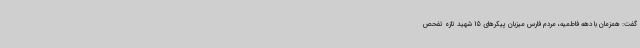
گفت: همزمان با دهه فاطمیه، مردم فارس میزبان پیکرهای 15 شهید تازه تفحص